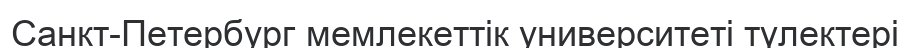
Санкт-Петербург мемлекеттік университеті түлектері